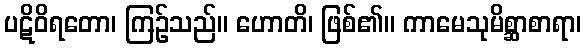
ပဋိဝိရတော၊ ကြဉ်သည်။ ဟောတိ၊ ဖြစ်၏။ ကာမေသုမိစ္ဆာစာရာ၊